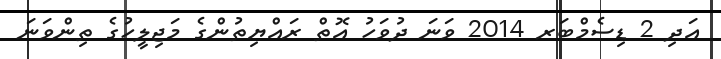
އަދި 2 ޑިސެމްބަރ 2014 ވަނަ ދުވަހު އޮތް ރައްޔިތުންގެ މަޖިލީހުގެ ތިންވަނަ